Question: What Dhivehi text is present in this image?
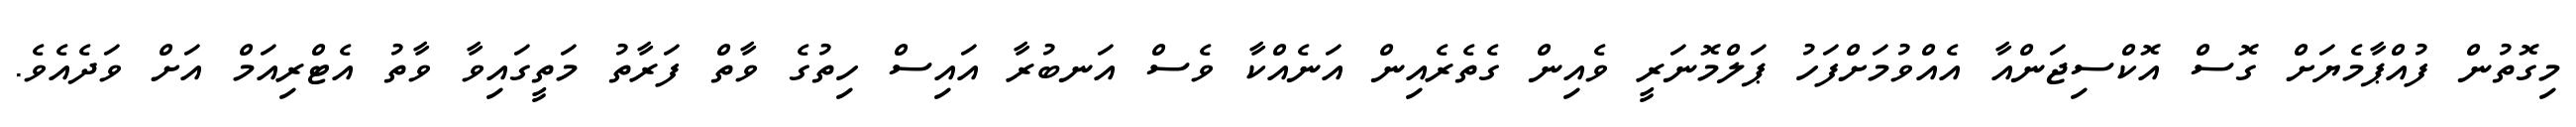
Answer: މިގޮތުން ފުއްޕާމެޔަށް ގޮސް އޮކްސިޖަންއާ އެއްވުމަށްފަހު ޕަލްމޮނަރީ ވެއިން ގެތެރެއިން އަނެއްކާ ވެސް އަނބުރާ އައިސް ހިތުގެ ވާތް ފަރާތު މަތީގައިވާ ވާތު އެޓްރިއަމް އަށް ވަދެއެވެ.